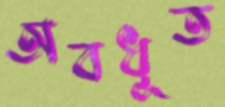
অবধূত